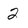
Character: 2